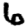
Digit: 6